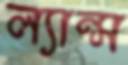
ল্যান্স